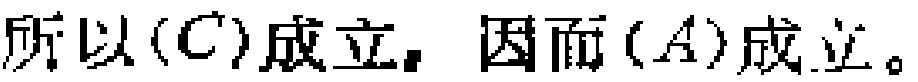
所以\((C)\)成立，因而\((A)\)成立。